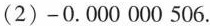
(2) -0.000000506.